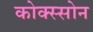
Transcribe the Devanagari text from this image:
कोक्स्सोन